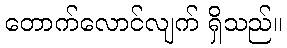
တောက်လောင်လျက် ရှိသည်။